Statistical return of the lunatic asylum in Assam - 1912-1932
Year: 1912
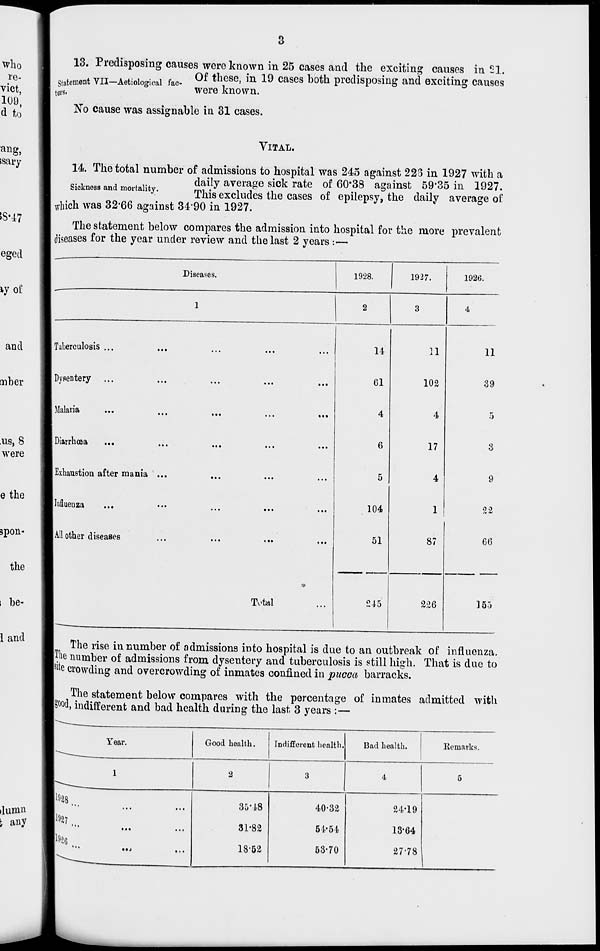
3
13. Predisposing causes were known in 25 cases and the exciting causes in 21.
ent VII—Aetiolori l f c- ^ * nese » m -^ cases both predisposing and exciting causes
"
nrova l/nntrn
tors.
were known.
No cause was assignable in 31 cases.
VITAL.
14. The total number of admissions to hospital was 245 against 223 in 1927 with a
daily average sick rate of 60*38 against 59*35 in 1927.
^ic ness an mor a 1 y.
rp n j g exc i U( | es the cases of epilepsy, the daily average of
which was 32-66 against 34'90 in 1927.
The statement below compares the admission into hospital for the more prevalent
diseases for the year under review and the last 2 years :—
Diseases.
1928.
1927.
192G.
Tuberculosis ...
Dysentery ...
Malaria
Diarrhoea
Exhaustion after mania ...
Influenza
All other diseases
Total
14
61
4
6
5
104
51
11
102
4
17
4
1
87
245
226
11
39
5
3
9
22
66
155
The rise in number of admissions into hospital is due to an outbreak of influenza.
|Tlie number of admissions from dysentery and tuberculosis is still high. That is due to
jsite crowding and overcrowding of inmates confined in pucca barracks.
The statement below compares with the percentage of inmates admitted with
pood, indifferent and bad health during the last 3 years :—
Year.
Good health.
Indifferent health.
Bad health.
Remarks.
1
2
3
4
5
1928 ...
1927 .
»««
.it
1926
**t
...
35-48
31-82
18'52
40-32
54-64
53-70
24-19
13-64
27'78